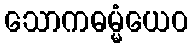
သောကဓမ္မံယေဝ